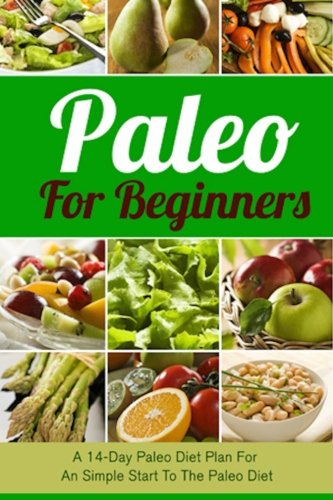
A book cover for Paleo For Beginners: A 14-Day Paleo Diet Plan For A Simple Start To The Paleo Diet (Paleo, Paleo Cookbook, Paleo For Beginners, Paleo Diet, Paleo Diet Recipes, Paleo Diet Plan) (Volume 1); Marc Morris; Cookbooks, Food & Wine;